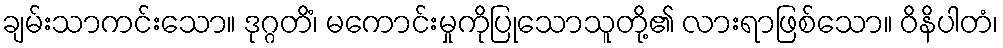
ချမ်းသာကင်းသော။ ဒုဂ္ဂတိံ၊ မကောင်းမှုကိုပြုသောသူတို့၏ လားရာဖြစ်သော။ ဝိနိပါတံ၊